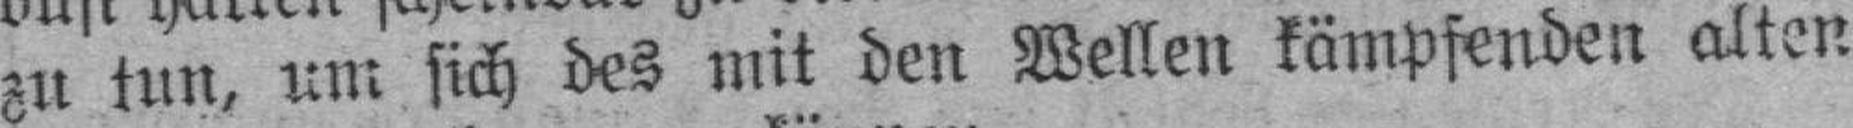
zu tun, um sich des mit den Wellen kämpfenden alten